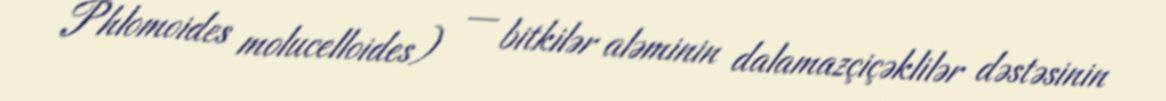
Phlomoides molucelloides) — bitkilər aləminin dalamazçiçəklilər dəstəsinin